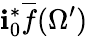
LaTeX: \mathbf{i}_{0}^{*}{\overline{{{f}}}}(\Omega^{\prime})